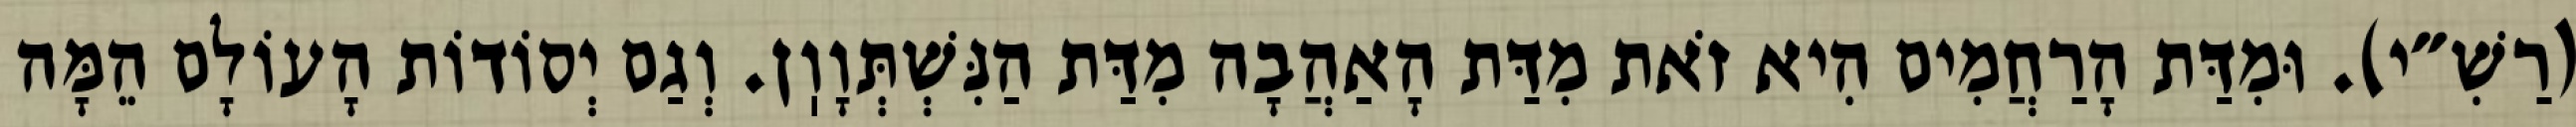
(רַשִׁ״י). וּמִדַּת הָרַחֲמִים הִיא זֹאת מִדַּת הָאַהֲבָה מִדַּת הַנִּשְׁתְּוָוֽן. וְגַם יְסוֹדוֹת הָעוֹלָם הֵמָּה